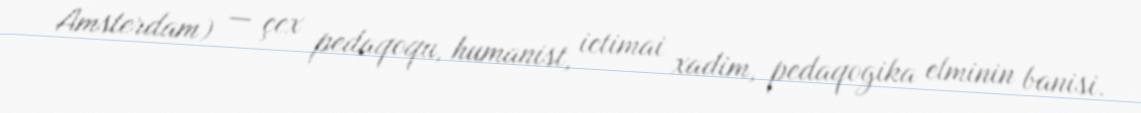
Amsterdam) — çex pedaqoqu, humanist, ictimai xadim, pedaqogika elminin banisi.